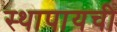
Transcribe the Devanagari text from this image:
स्थापायची